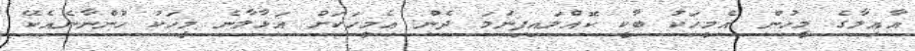
އާއިލާގެ މީހުން އެމީހަކު ބާކީ ކޮއްލައިފިނަމަ ދެން އެމީހަކަށް އަޅާލާނެ މީހަކު ހުންނާނެއެކޭ